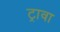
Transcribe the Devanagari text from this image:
ट्रावा